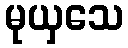
မုယှသေ